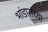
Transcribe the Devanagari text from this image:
भांडारांच्या